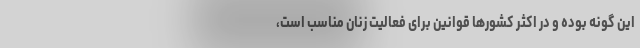
این گونه بوده و در اکثر کشورها قوانین برای فعالیت زنان مناسب است،